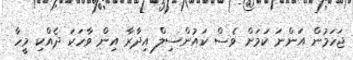
ޖަހަމުން އަންނަ ކަމަށް ވެސް ކައުންސިލް އިދާރާ އިން ވާހަކަ ދެއްކި މީހާ